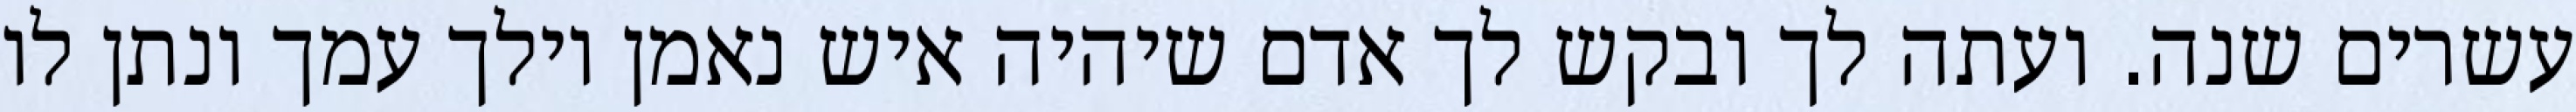
עשרים שנה. ועתה לך ובקש לך אדם שיהיה איש נאמן וילך עמך ונתן לו